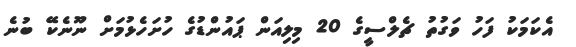
އެކަމަކު ފަހު ވަގުުތު ޗެލްސީގެ 20 މިލިއަން ޕައުންޑުގެ ހުށަހެޅުމަށް ނޫނެކޭ ބުނެ